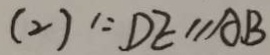
( 2 ) \because D E / / A B